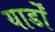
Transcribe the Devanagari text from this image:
यार्डों